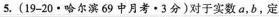
5.(19-20·哈尔滨69中月考·3分)对于实数a，b，定